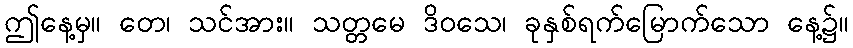
ဤနေ့မှ။ တေ၊ သင်အား။ သတ္တမေ ဒိဝသေ၊ ခုနှစ်ရက်မြောက်သော နေ့၌။